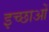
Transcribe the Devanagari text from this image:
इच्छाआें